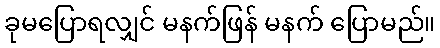
ခုမပြောရလျှင် မနက်ဖြန် မနက် ပြောမည်။